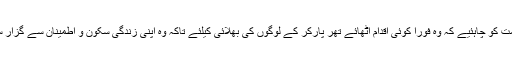
حکومت کو چاہئیے کہ وہ فوراً کوئی اقدام اُٹھائے تھر پارکر کے لوگوں کی بھلائی کیلئے تاکہ وہ اپنی زندگی سکون و اطمینان سے گزار سکیں۔